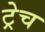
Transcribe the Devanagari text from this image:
ट्रेच